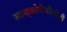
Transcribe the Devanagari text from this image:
साय्कोपैथौलौजी